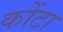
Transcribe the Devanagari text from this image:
कोंटा